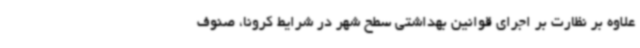
علاوه بر نظارت بر اجرای قوانین بهداشتی سطح شهر در شرایط کرونا، صنوف